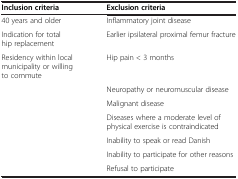
<table><thead><tr><td><b>Inclusion criteria</b></td><td><b>Exclusion criteria</b></td></tr></thead><tbody><tr><td>40 years and older</td><td>Inflammatory joint disease</td></tr><tr><td>Indication for total hip replacement</td><td>Earlier ipsilateral proximal femur fracture</td></tr><tr><td>Residency within local municipality or willing to commute</td><td>Hip pain &lt; 3 months</td></tr><tr><td> </td><td>Neuropathy or neuromuscular disease</td></tr><tr><td> </td><td>Malignant disease</td></tr><tr><td> </td><td>Diseases where a moderate level of physical exercise is contraindicated</td></tr><tr><td> </td><td>Inability to speak or read Danish</td></tr><tr><td> </td><td>Inability to participate for other reasons</td></tr><tr><td> </td><td>Refusal to participate</td></tr></tbody></table>